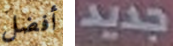
أفضل جديد